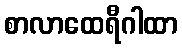
စာလာထေရီဂါထာ